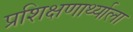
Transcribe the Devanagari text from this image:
प्रशिक्षणार्थ्याला